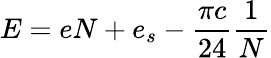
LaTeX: E=eN+e_{s}-\frac{\pi c}{24}\frac{1}{N}